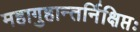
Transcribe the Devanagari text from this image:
महागुहान्तर्निक्षिप्तः